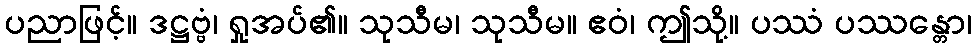
ပညာဖြင့်။ ဒဋ္ဌဗ္ဗံ၊ ရှုအပ်၏။ သုသီမ၊ သုသီမ။ ဧဝံ၊ ဤသို့။ ပဿံ ပဿန္တော၊